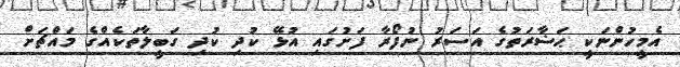
އެމީހުންނަކީ ޙަޟާރަތުގެ އަސަރު ނުފޯރާ ފަށުގައި އުޅޭ ކުދި ކުދި ގަބީލާތަކެއްގެ މައްޗަށް